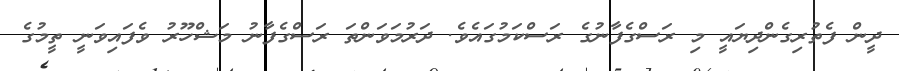
ދީން ފެތުރިގެންދިޔައީ މި ރަސްގެފާނުގެ ރަސްކަމުގައެވެ. ދަރުމަވަންތަ ރަސްގެފާނު މަޝްހޫރު ވެފައިވަނީ ތީމުގެ